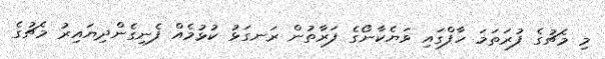
މި މެޗުގެ ފުރަތަމަ ހާފްގައި ވަޔެކާނޯގެ ފަރާތުން ރަނގަޅު ކުޅުމެއް ފެނިގެންދިޔައިރު މެޗުގެ